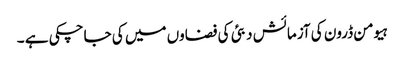
ہیومن ڈرون کی آزمائش دبئی کی فضاوں میں کی جاچکی ہے ۔